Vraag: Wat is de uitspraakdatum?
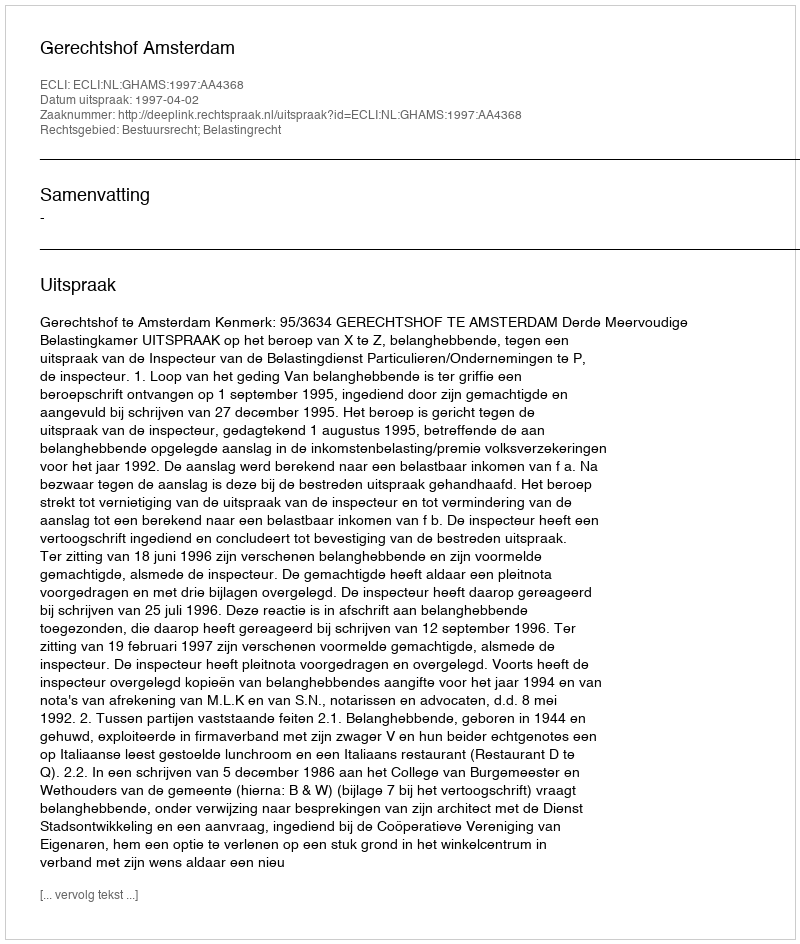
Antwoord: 1997-04-02